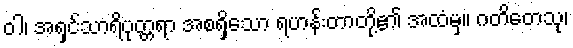
ဝါ၊ အရှင်သာရိပုတ္တရာ အစရှိသော ရဟန်းတာတို့၏ အထံမှ။ ဂတိတေသု၊